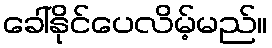
ခေါ်နိုင်ပေလိမ့်မည်။